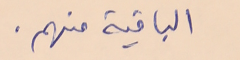
الباقية منهم.